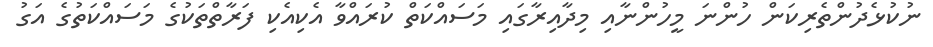
ނުކުޅެދުންތެރިކަން ހުންނަ މީހުންނާއި މިދާއިރާގައި މަސައްކަތް ކުރައްވާ އެކިއެކި ފަރާތްތަކުގެ މަސައްކަތުގެ އަގު